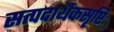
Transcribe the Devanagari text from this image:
सत्पदार्थैकसृष्टिः